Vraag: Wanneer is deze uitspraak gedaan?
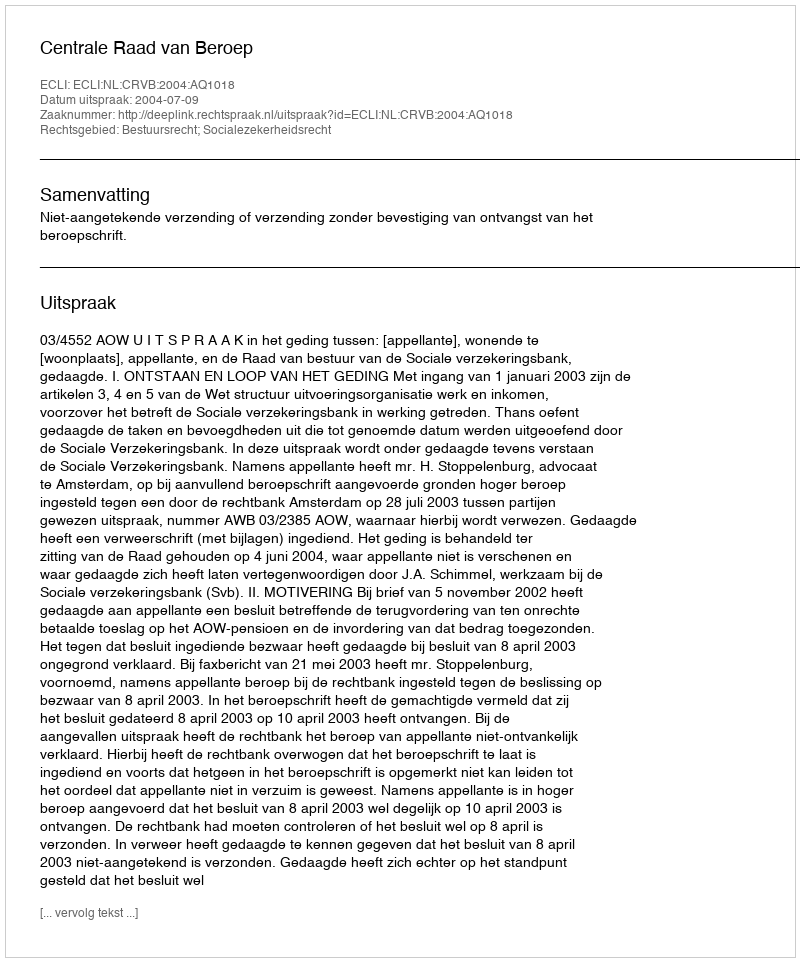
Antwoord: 2004-07-09